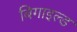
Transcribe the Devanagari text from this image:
बिगाइल्ड